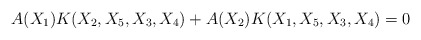
\begin{align*} A(X_1) K(X_2,X_5,X_3,X_4) + A(X_2) K(X_1,X_5,X_3,X_4) = 0\end{align*}